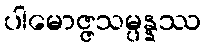
ပါမောဇ္ဇသမ္ပန္နဿ